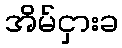
အိမ်ငှားခ